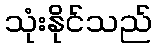
သုံးနိုင်သည်